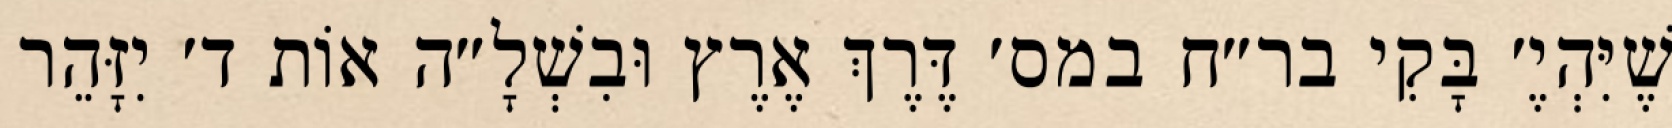
שֶׁיִּהְיֶ׳ בָּקִי בר״ח במס׳ דֶּרֶךְ אֶרֶץ וּבִשְׁלָ״ה אוֹת ד׳ יִזָּהֵר